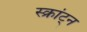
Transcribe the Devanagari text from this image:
स्क्रांट्न